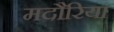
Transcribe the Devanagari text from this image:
मदौरिया